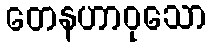
တေနဟာဝုသော